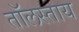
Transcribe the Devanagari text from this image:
तॉलस्ताय